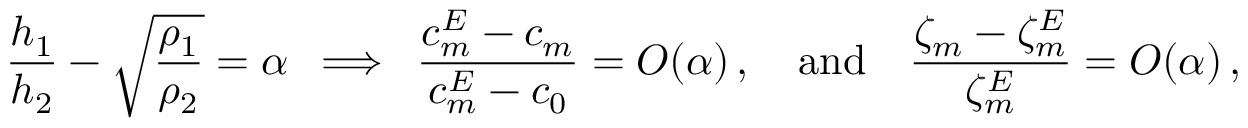
{ \frac { h _ { 1 } } { h _ { 2 } } } - \sqrt { \frac { \rho _ { 1 } } { \rho _ { 2 } } } = \alpha \, \, \, \Longrightarrow \, \, \, { \frac { c _ { m } ^ { E } - c _ { m } } { c _ { m } ^ { E } - c _ { 0 } } } = O ( \alpha ) \, , \quad \mathrm { a n d } \quad { \frac { \zeta _ { m } - \zeta _ { m } ^ { E } } { \zeta _ { m } ^ { E } } } = O ( \alpha ) \, ,